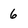
Character: 6